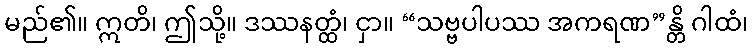
မည်၏။ ဣတိ၊ ဤသို့။ ဒဿနတ္ထံ၊ ငှာ။ “သဗ္ဗပါပဿ အကရဏ”န္တိ ဂါထံ၊